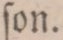
ſon.